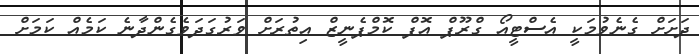
ދަށަށް ގެނެވުމަކީ އެސްޓީއޯ ގްރޫޕް އޮފް ކޮމްޕެނީޒް އިތުރަށް ވަރުގަދަވެގެންދާނެ ކަމެއް ކަމަށް